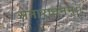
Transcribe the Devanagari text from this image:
समाराधनम्।।